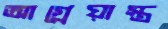
আগ্নেয়াস্ত্র